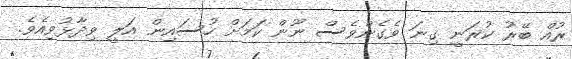
ރުއް ބޭރު ކުރަނީ ގިނަ ވެގެންވެސް ނޫން ކަމަށް ހުސައިން އަލީ ވިދާޅުވިއެވެ.